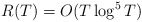
\begin{align*} R(T)=O(T\log^5T)\end{align*}